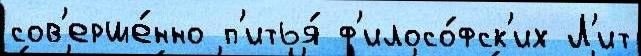
сов'ерше́нно п'итья́ ф'илосо́фск'их Л'ит